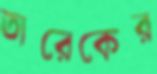
তারেকের